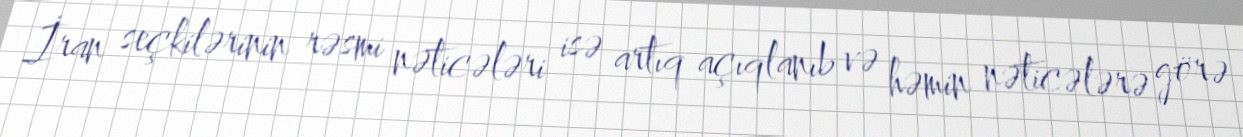
İran seçkilərinin rəsmi nəticələri isə artıq açıqlanıb və həmin nəticələrə görə